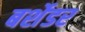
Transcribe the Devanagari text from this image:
बर्शेडर